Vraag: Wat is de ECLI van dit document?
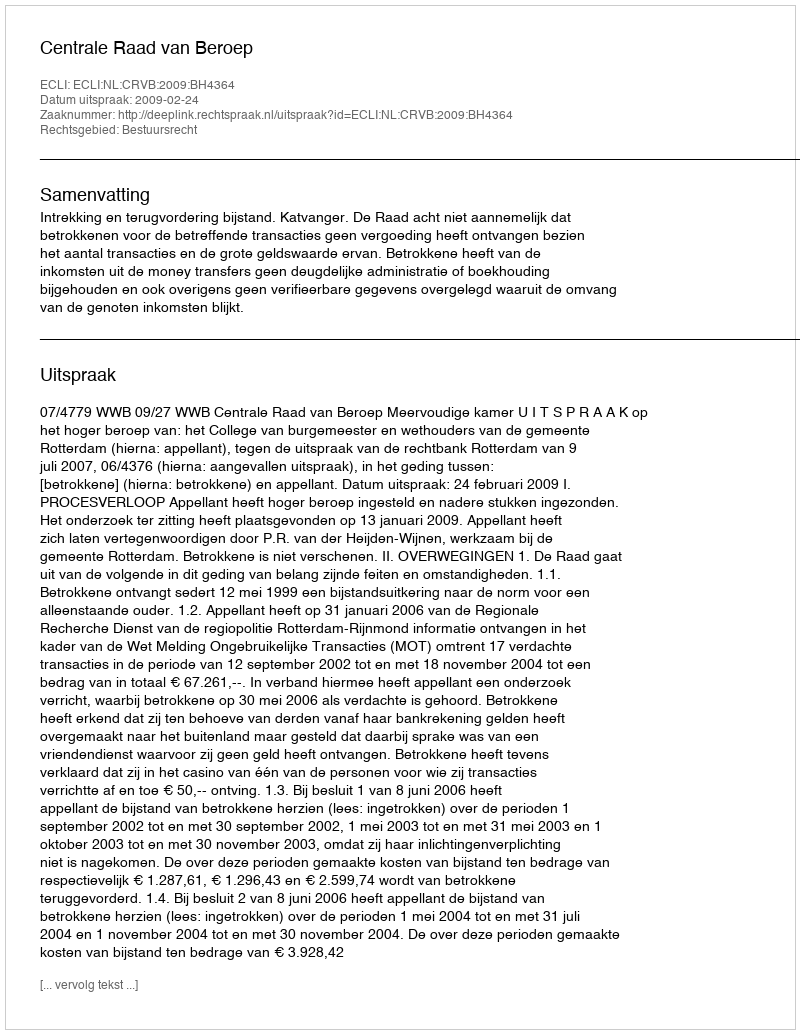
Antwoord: ECLI:NL:CRVB:2009:BH4364